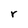
Character: r